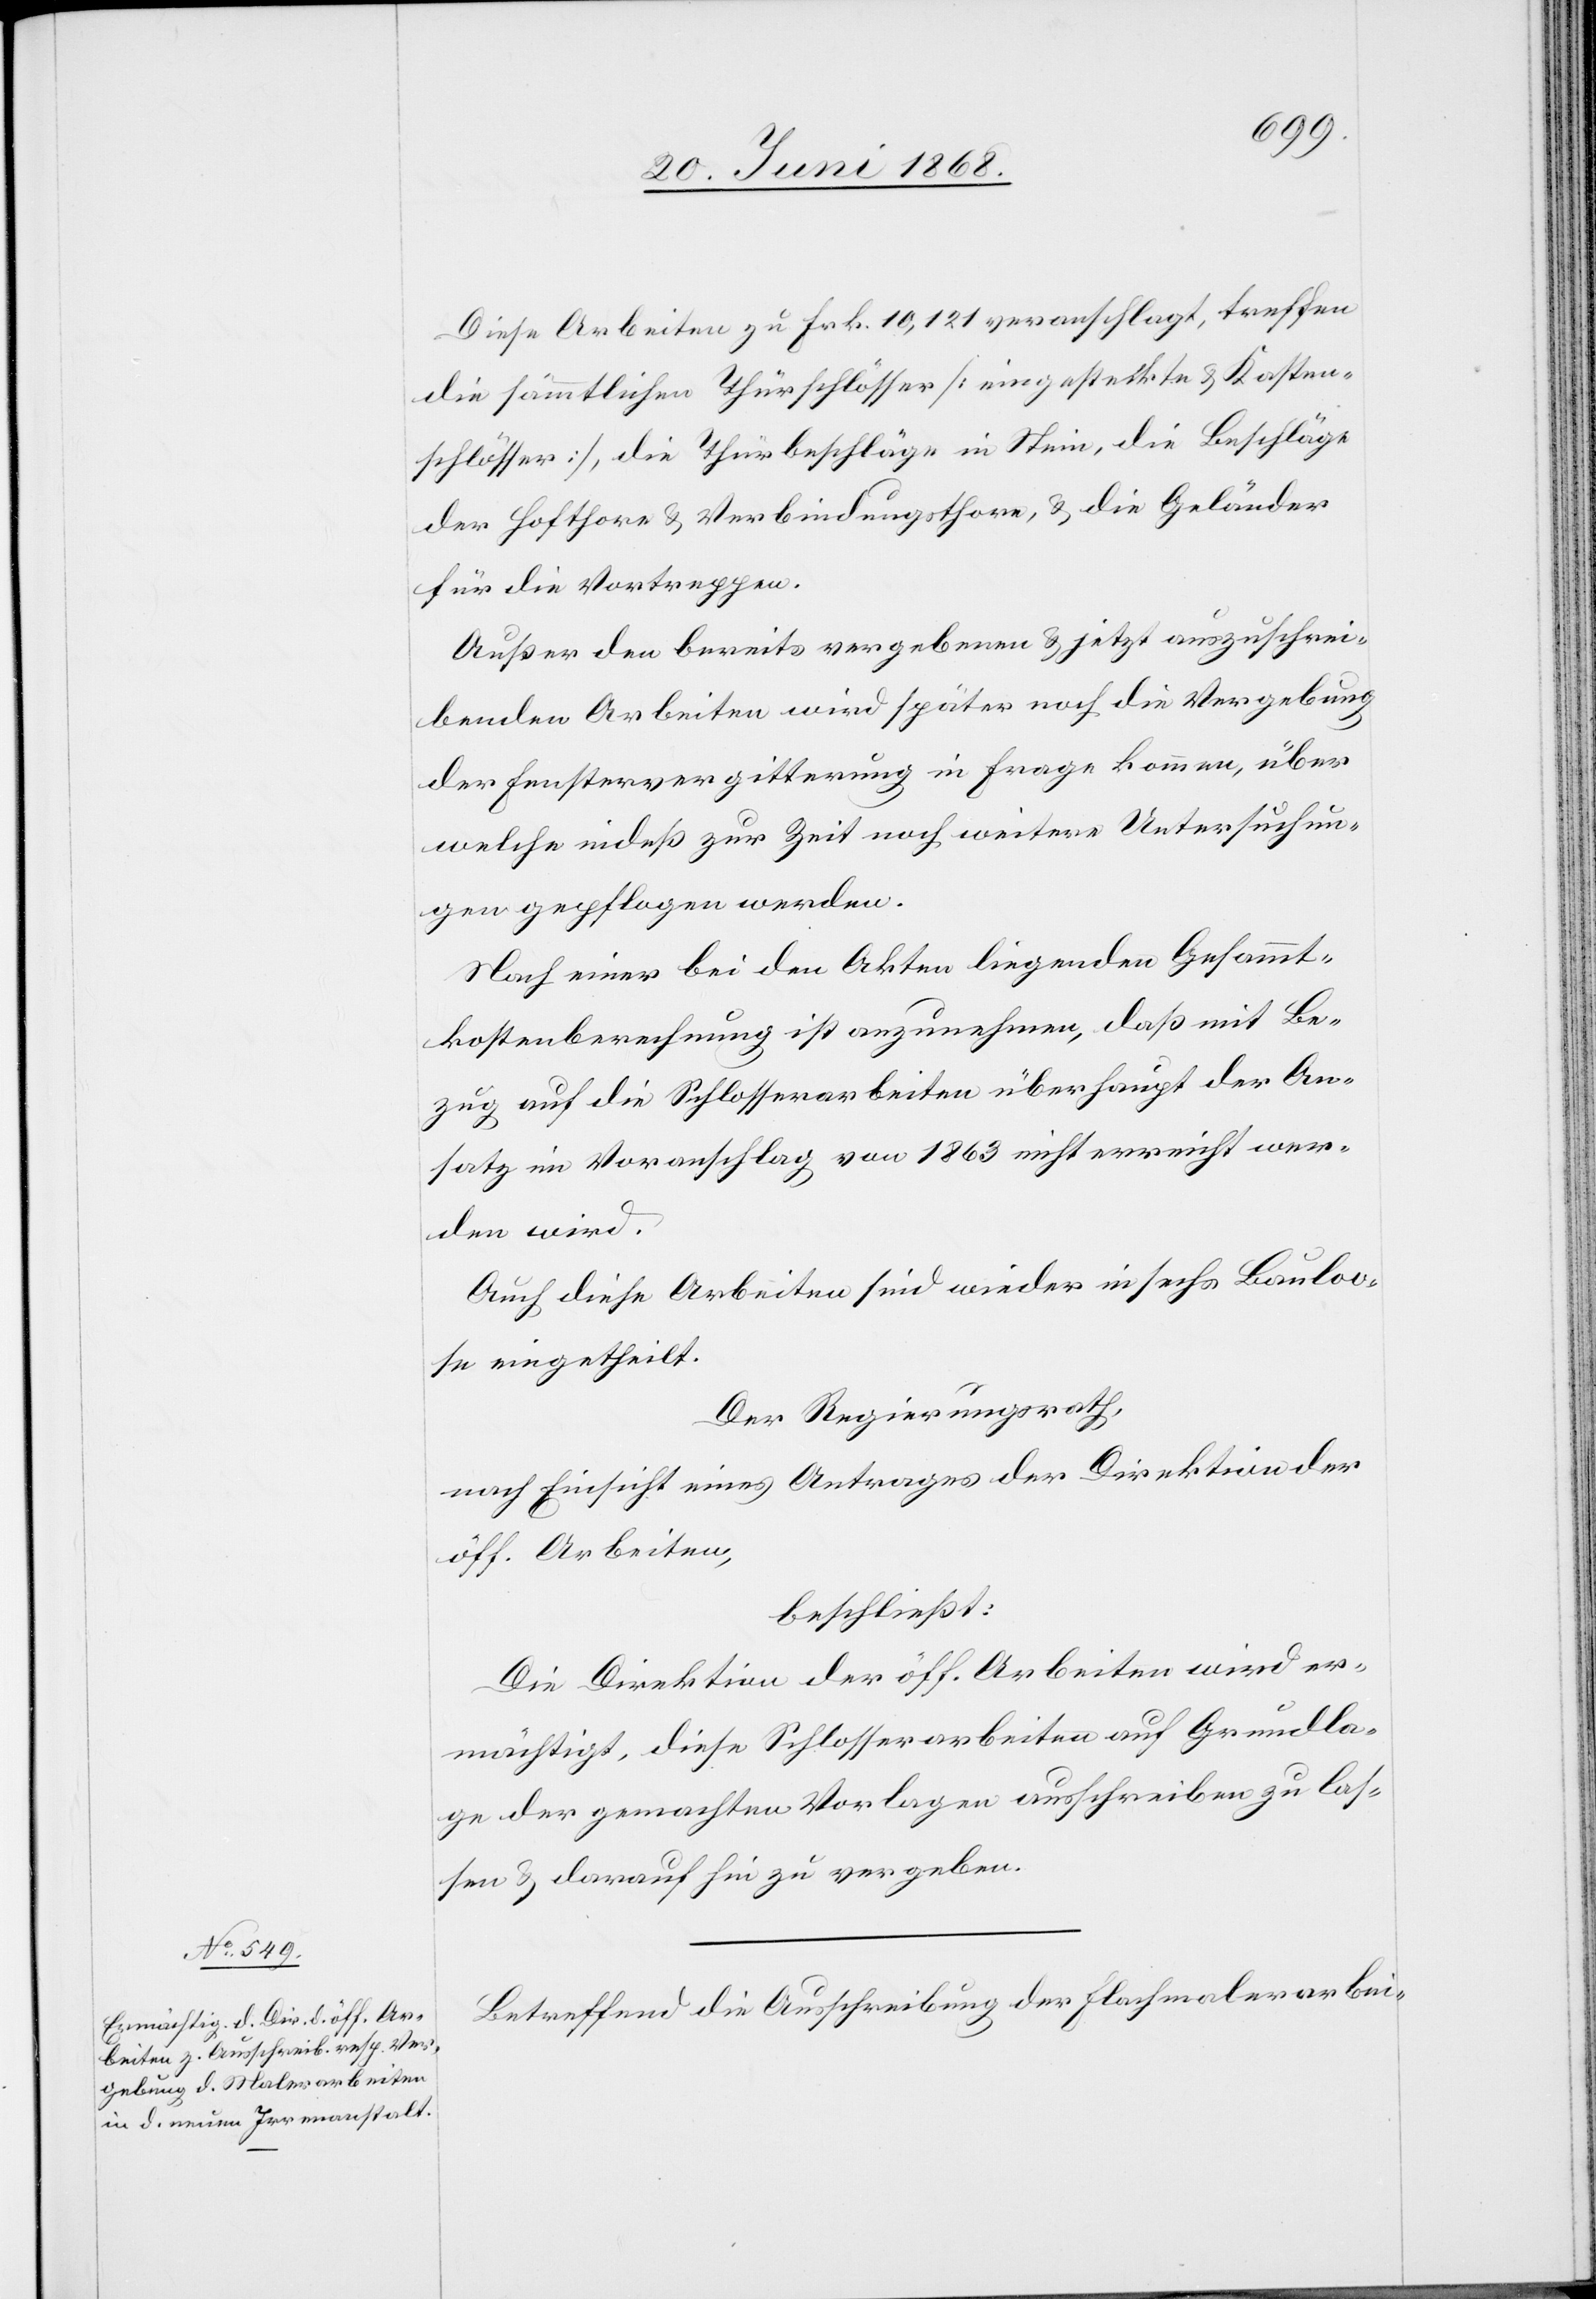
Diese Arbeiten zu Frk. 10,121 veranschlagt, treffen
die sämmtlichen Thürschlösser [eingesteckte & Kasten¬
schlösser], die Thürbeschläge in Stein, die Beschläge
der Hofthore & Verbindungsthore, & die Geländer
für die Vortreppen.
Außer den bereits vergebenen & jetzt auszuschrei¬
benden Arbeiten wird später noch die Vergebung
der Fenstervergitterung in Frage kommen, über
welche indeß zur Zeit noch weitere Untersuchun¬
gen gepflogen werden.
Nach einer bei den Akten liegenden Gesammt¬
kostenberechnung ist anzunehmen, daß mit Be¬
zug auf die Schlosserarbeiten überhaupt der An¬
satz im Voranschlag von 1863 nicht erreicht wer¬
den wird.
Auch diese Arbeiten sind wieder in sechs Bauloo¬
se eingetheilt.
Der Regierungsrath,
nach Einsicht eines Antrages der Direktion der
öff. Arbeiten,
beschließt:
Die Direktion der öff. Arbeiten wird er¬
mächtigt, diese Schlosserarbeiten auf Grundla¬
ge der gemachten Vorlagen ausschreiben zu las¬
sen & darauf hin zu vergeben.
Betreffend die Ausschreibung der Flachmalerarbei-